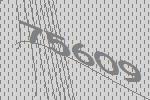
75609